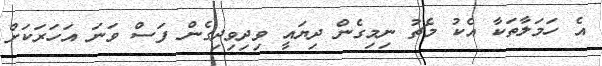
އެ ހަމަލާތަކާ އެކު މެޗު ނިމިގެން ދިޔައީ ވިދިވިދިގެން ފަސް ވަނަ އަހަރަކަށް